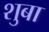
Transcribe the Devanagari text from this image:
शुबा